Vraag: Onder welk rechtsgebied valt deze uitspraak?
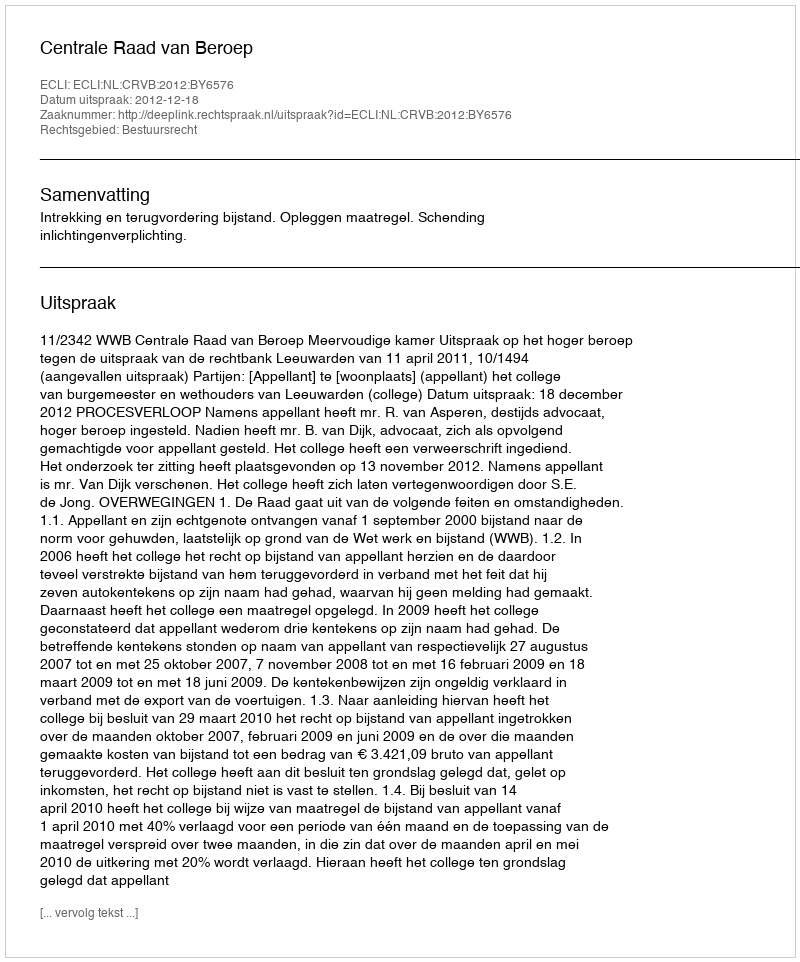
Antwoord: Bestuursrecht